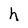
Character: h